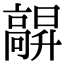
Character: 髜